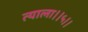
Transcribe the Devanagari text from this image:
त्याला।।५।।